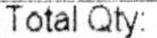
TOTAL QTY: